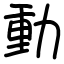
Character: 動